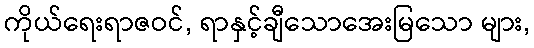
ကိုယ်ရေးရာဇဝင်, ရာနှင့်ချီသောအေးမြသော များ,